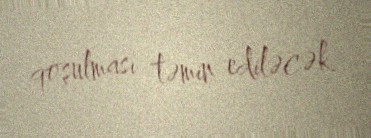
qoşulması təmin ediləcək.